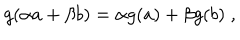
g ( \alpha a + \beta b ) = \alpha g ( a ) + \beta g ( b ) \; ,